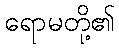
ရောမတို့၏